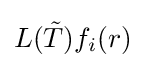
L({\tilde {T}})f_{i}(r)